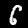
Label: 6